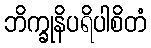
ဘိက္ခုနိပရိပါစိတံ